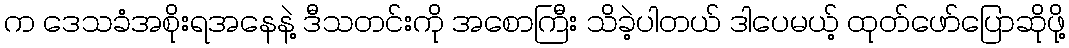
က ဒေသခံအစိုးရအနေနဲ့ ဒီသတင်းကို အစောကြီး သိခဲ့ပါတယ် ဒါပေမယ့် ထုတ်ဖော်ပြောဆိုဖို့